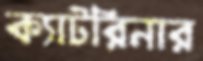
ক্যাটরিনার